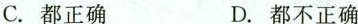
C.都正确 D.都不正确